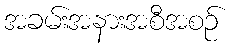
အခမ်းအနားအစီအစဉ်